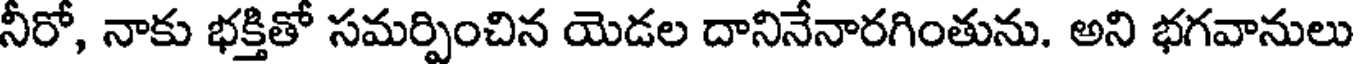
నీరో, నాకు భక్తితో సమర్పించిన యెడల దానినేనారగింతును. అని భగవానులు